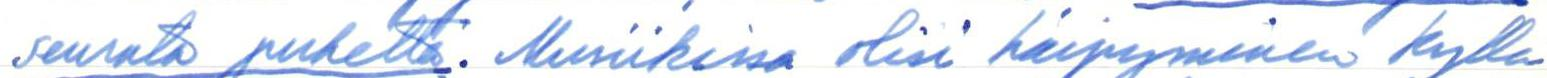
seurata puhetta. Musiikissa olisi häipyminen kyllä